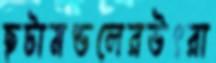
ছটামণ্ডলেরউৎরা